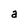
Character: a